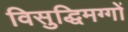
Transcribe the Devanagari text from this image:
विसुद्धिमग्गों